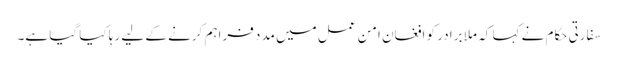
سفارتی حکام نے کہا کہ ملا برادر کو افغان امن عمل میں مدد فراہم کرنے کے لیے رہا کیا گیا ہے۔